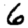
Digit: 6